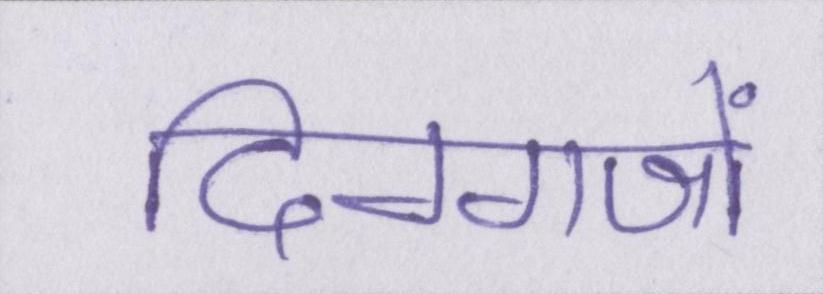
दिग्गजों